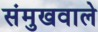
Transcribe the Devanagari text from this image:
संमुखवाले